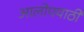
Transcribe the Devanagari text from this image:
आलोपयाठी